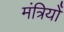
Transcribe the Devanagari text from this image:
मंत्रियोँ